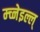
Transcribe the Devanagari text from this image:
म्च्नेइल्ल्